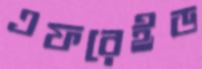
এফরেইড